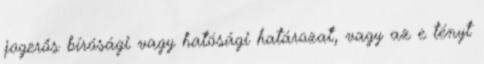
jogerős bírósági vagy hatósági határozat, vagy az e tényt